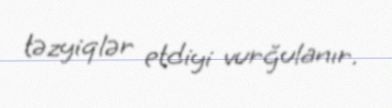
təzyiqlər etdiyi vurğulanır.